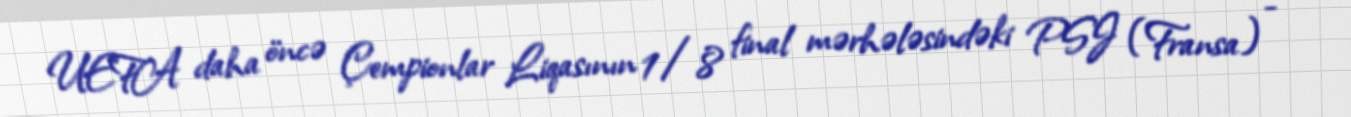
UEFA daha öncə Çempionlar Liqasının 1/8 final mərhələsindəki PSJ (Fransa) -